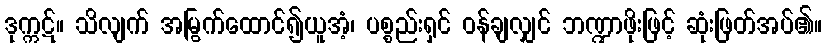
ဒုက္ကဋ်။ သိလျက် အမြွက်ထောင်၍ယူအံ့၊ ပစ္စည်းရှင် ဝန်ချလျှင် ဘဏ္ဍာဖိုးဖြင့် ဆုံးဖြတ်အပ်၏။